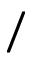
/